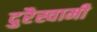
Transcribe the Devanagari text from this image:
दुरैस्वामी